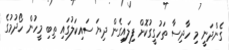
ގެންދަނީ މި ހާދިސާ ތަހުގީގުކޮށް ފިލައިގެން ދިޔަ ސައިކަލުގައި ތިބި މީހުން ހޯދުމުގެ